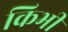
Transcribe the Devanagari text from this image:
किभी